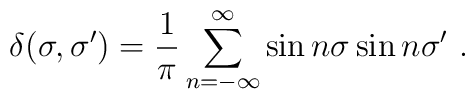
\delta (\sigma,\sigma')=\frac{1}{\pi}\sum_{n=-\infty}^{\infty}\sin n\sigma\sin n \sigma'\ .